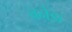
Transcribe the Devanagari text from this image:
बनेडा